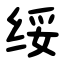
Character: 绥